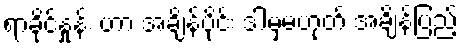
ရာခိုင်နှုန်း ဟာ အချိန်ပိုင်း ဒါမှမဟုတ် အချိန်ပြည့်